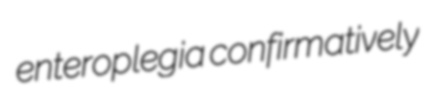
enteroplegia confirmatively